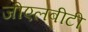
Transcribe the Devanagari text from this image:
जीएलबीटी